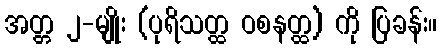
အတ္တ ၂-မျိုး (ပုရိသတ္ထ ဝစနတ္ထ) ကို ပြခန်း။